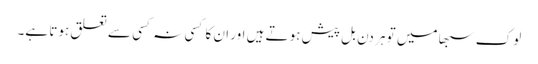
لوک سبھا میں تو ہر دن بل پیش ہوتے ہیں اور ان کا کسی نہ کسی سے تعلق ہوتا ہے۔